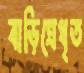
বাড়িত্রেধৃত